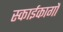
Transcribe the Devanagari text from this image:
स्काईकार्गो